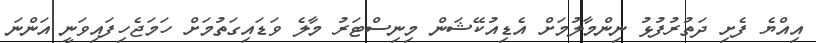
އިއްޔެ ފެށި ދަތުރުފުޅު ނިންމާލުމަށް އެޑިއުކޭޝަން މިނިސްޓަރު މާލެ ވަޑައިގަތުމަށް ހަމަޖެހިފައިވަނީ އަންނަ